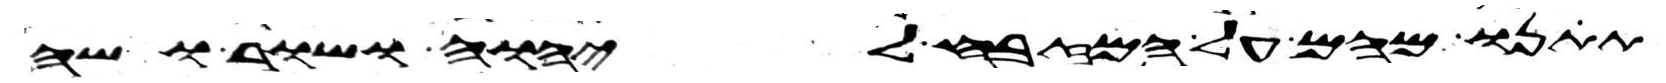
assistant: תתנו מהם על המזבח ליהוה ושור ושה